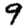
Digit: 9